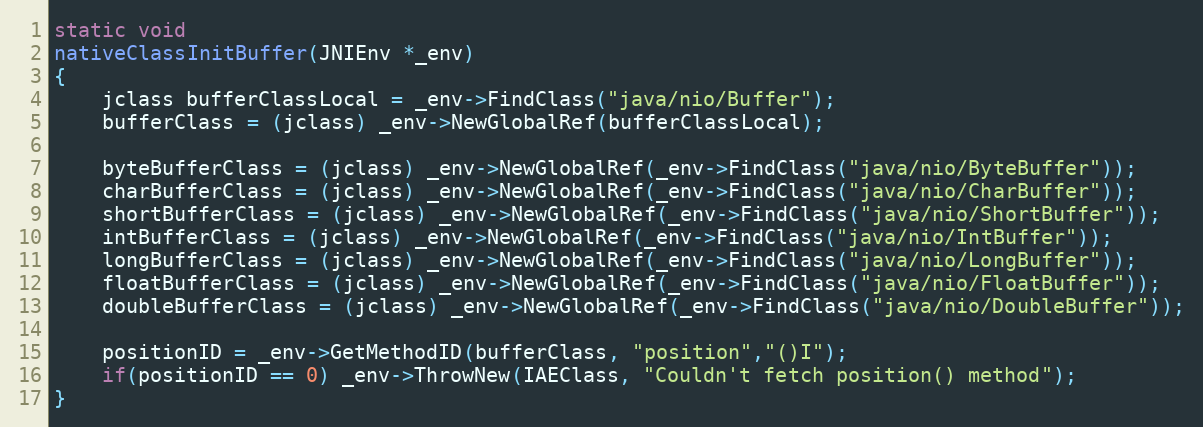
Language: C++
static void
nativeClassInitBuffer(JNIEnv *_env)
{
    jclass bufferClassLocal = _env->FindClass("java/nio/Buffer");
    bufferClass = (jclass) _env->NewGlobalRef(bufferClassLocal);

    byteBufferClass = (jclass) _env->NewGlobalRef(_env->FindClass("java/nio/ByteBuffer"));
    charBufferClass = (jclass) _env->NewGlobalRef(_env->FindClass("java/nio/CharBuffer"));
    shortBufferClass = (jclass) _env->NewGlobalRef(_env->FindClass("java/nio/ShortBuffer"));
    intBufferClass = (jclass) _env->NewGlobalRef(_env->FindClass("java/nio/IntBuffer"));
    longBufferClass = (jclass) _env->NewGlobalRef(_env->FindClass("java/nio/LongBuffer"));
    floatBufferClass = (jclass) _env->NewGlobalRef(_env->FindClass("java/nio/FloatBuffer"));
    doubleBufferClass = (jclass) _env->NewGlobalRef(_env->FindClass("java/nio/DoubleBuffer"));

    positionID = _env->GetMethodID(bufferClass, "position","()I");
    if(positionID == 0) _env->ThrowNew(IAEClass, "Couldn't fetch position() method");
}